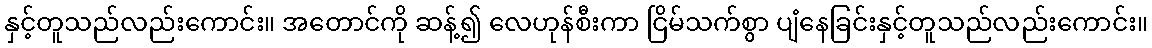
နှင့်တူသည်လည်းကောင်း။ အတောင်ကို ဆန့်၍ လေဟုန်စီးကာ ငြိမ်သက်စွာ ပျံနေခြင်းနှင့်တူသည်လည်းကောင်း။